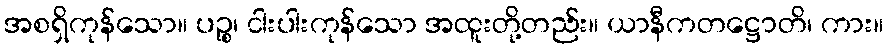
အစရှိကုန်သော။ ပဉ္စ၊ ငါးပါးကုန်သော အထူးတို့တည်း။ ယာနီကတဋ္ဌောတိ၊ ကား။